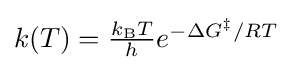
{\textstyle k(T)={\frac {k_{\mathrm {B} }T}{h}}e^{-\Delta G^{\ddagger }/RT}}